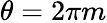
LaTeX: \theta=2\pi m